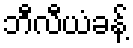
ဘီလီယံခန့်